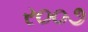
ર૦૦૭